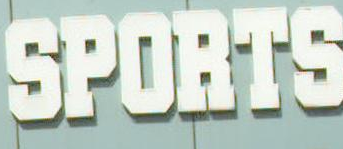
SPORTS